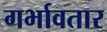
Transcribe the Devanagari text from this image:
गर्भावतार